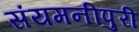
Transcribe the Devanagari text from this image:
संयमनीपुरी